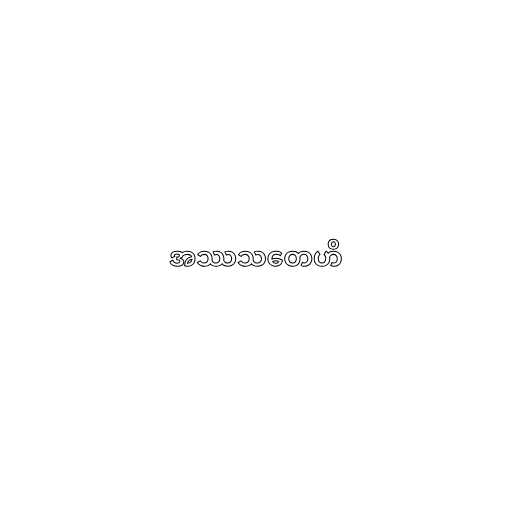
အဿသတေဟိ